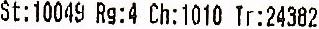
ST:10049 RG:4 CH:1010 TR:24382